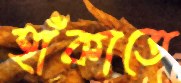
হাঁকাতে